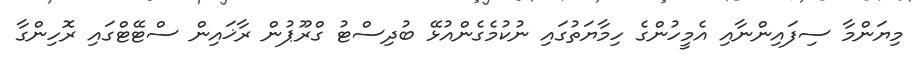
މިޔަންމާ ސިފައިންނާއި އެމީހުންގެ ހިމާޔަތުގައި ނުކުމެގެންއުޅޭ ބުދިސްޓު ގްރޫޕުން ރާޚައިން ސްޓޭޓްގައި ރޮހިންގާ